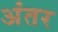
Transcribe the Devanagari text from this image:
अंंतर